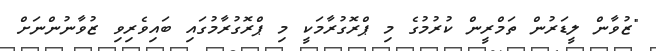
"ޒުވާން ލީޑަރުން ތަމްރީން ކުރުމުގެ މި ޕްރޮގުރާމަކީ މި ޕްރޮގުރާމުގައި ބައިވެރިވި ޒުވާނުންނަށް